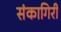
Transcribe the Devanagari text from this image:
संकागिरी